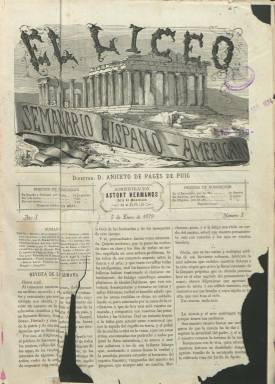
Título: El Liceo (Madrid)
Colección: Cultura
Ámbito geográfico: Madrid
Lugar de publicación: Madrid
Fechas: 05/01/1879-24/08/1879

Semanario hispano-americano, indica el subtítulo de esta publicación, pretendiendo así darle un carácter internacional, que comenzó a publicarse el cinco de enero de 1879, en entregas de ocho páginas, compuestas a tres columnas, con bellas ilustraciones y contenidos culturales de literatura y artes, principalmente. Estará dirigida por el poeta y lingüista catalán Anicet de Pagès i de Puig (1843-1902), que un año antes se había trasladado a Madrid por encargo de la barcelonesa Editorial Montaner y Simón para elaborar el Gran diccionario de la lengua española, que no sería publicado, en cinco tomos, hasta los primeros años del siglo XX, con la intención de completar al de autoridades de la RAE. Su estancia en la capital de la monarquía, lo compaginó Pagès también con una vigorosa vida social, y la revista que estuvo dirigiendo y en la que traducirá algunos textos de autores catalanes, será estampada en la madrileña Imprenta y Estereotipia de Astort Hermanos, conocida editora asimismo de bellos atlas y mapas.

La colección de este título en la Biblioteca Nacional de España (BNE) acaba en su entrega número 34, correspondiente al 24 de agosto de ese mismo año, y probablemente no se publicaría más. Con foliación correlativa, alcanza hasta la página 272. Cada uno de sus números comienza con un sumario de sus secciones, que prácticamente mantiene inalterables. Son estas: Revista de la semana, que firma T. Senderos; Crítica literaria, Manuel de la Revilla; Crítica dramática, R. Blanco Asenjo, o Bibliografía, que elabora Juan Tomás Salvany. Otras secciones son Crónica científica extranjera, Efeméride de la semana, Ecos de Madrid o un pequeño grabado para el jeroglífico.

Publica asimismo algunas charadas y alguna crónica de viajes o arqueológica, narraciones y composiciones poéticas (sonetos), así como estudios de historia literaria, como el titulado Los poetas líricos mejicanos de nuestros días, del citado Manuel de la Revilla. Otros escritores y colaboradores de la revista son José Rodríguez Carracido, Francisco de Albarzuza, Urbano González Serrano, Enrique de Sierra Valenzuela, Vicente Moreno de la Tejera, Ángel R. Chaves, Jesús Cencillo, Eduardo Saco, José M. Matheu o Víctor Balaguer, del que Pagès traduce un poema (19 de enero).

También cuenta con la sección Nuestros grabados. Estos tienen una excelente factura, y suelen ser estampados a toda plana y a veces ocupando las dos centrales, con reproducciones artísticas, vistas, monumentos, escenas, tipos o retratos. Su cabecera ilustrada con un templo clásico griego fue diseñada por Narváez, y en sus grabados aparecen los nombres de Pietro Morgari (reproducción de cuadros), Evaristo Barrio, E. Alba o R. Calofre. Asimismo publica unas viñetas humorísticas mensuales bajo el epígrafe Apuntes por Urrutia.